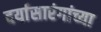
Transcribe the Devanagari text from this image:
दर्यासारंगांच्या